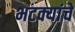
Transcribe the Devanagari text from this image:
भटक्यांचे